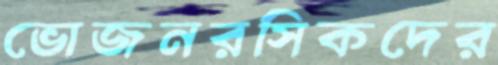
ভোজনরসিকদের